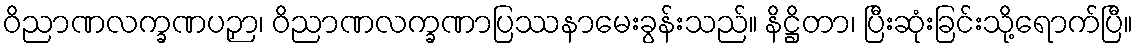
ဝိညာဏလက္ခဏပဉှာ၊ ဝိညာဏလက္ခဏာပြဿနာမေးခွန်းသည်။ နိဋ္ဌိတာ၊ ပြီးဆုံးခြင်းသို့ရောက်ပြီ။